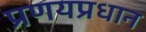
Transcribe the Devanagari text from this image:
प्रणयप्रधान